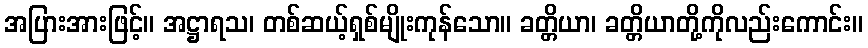
အပြားအားဖြင့်။ အဋ္ဌာရသ၊ တစ်ဆယ့်ရှစ်မျိုးကုန်သော။ ခတ္တိယာ၊ ခတ္တိယာတို့ကိုလည်းကောင်း။